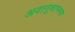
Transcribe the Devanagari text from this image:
अवानूचानमव